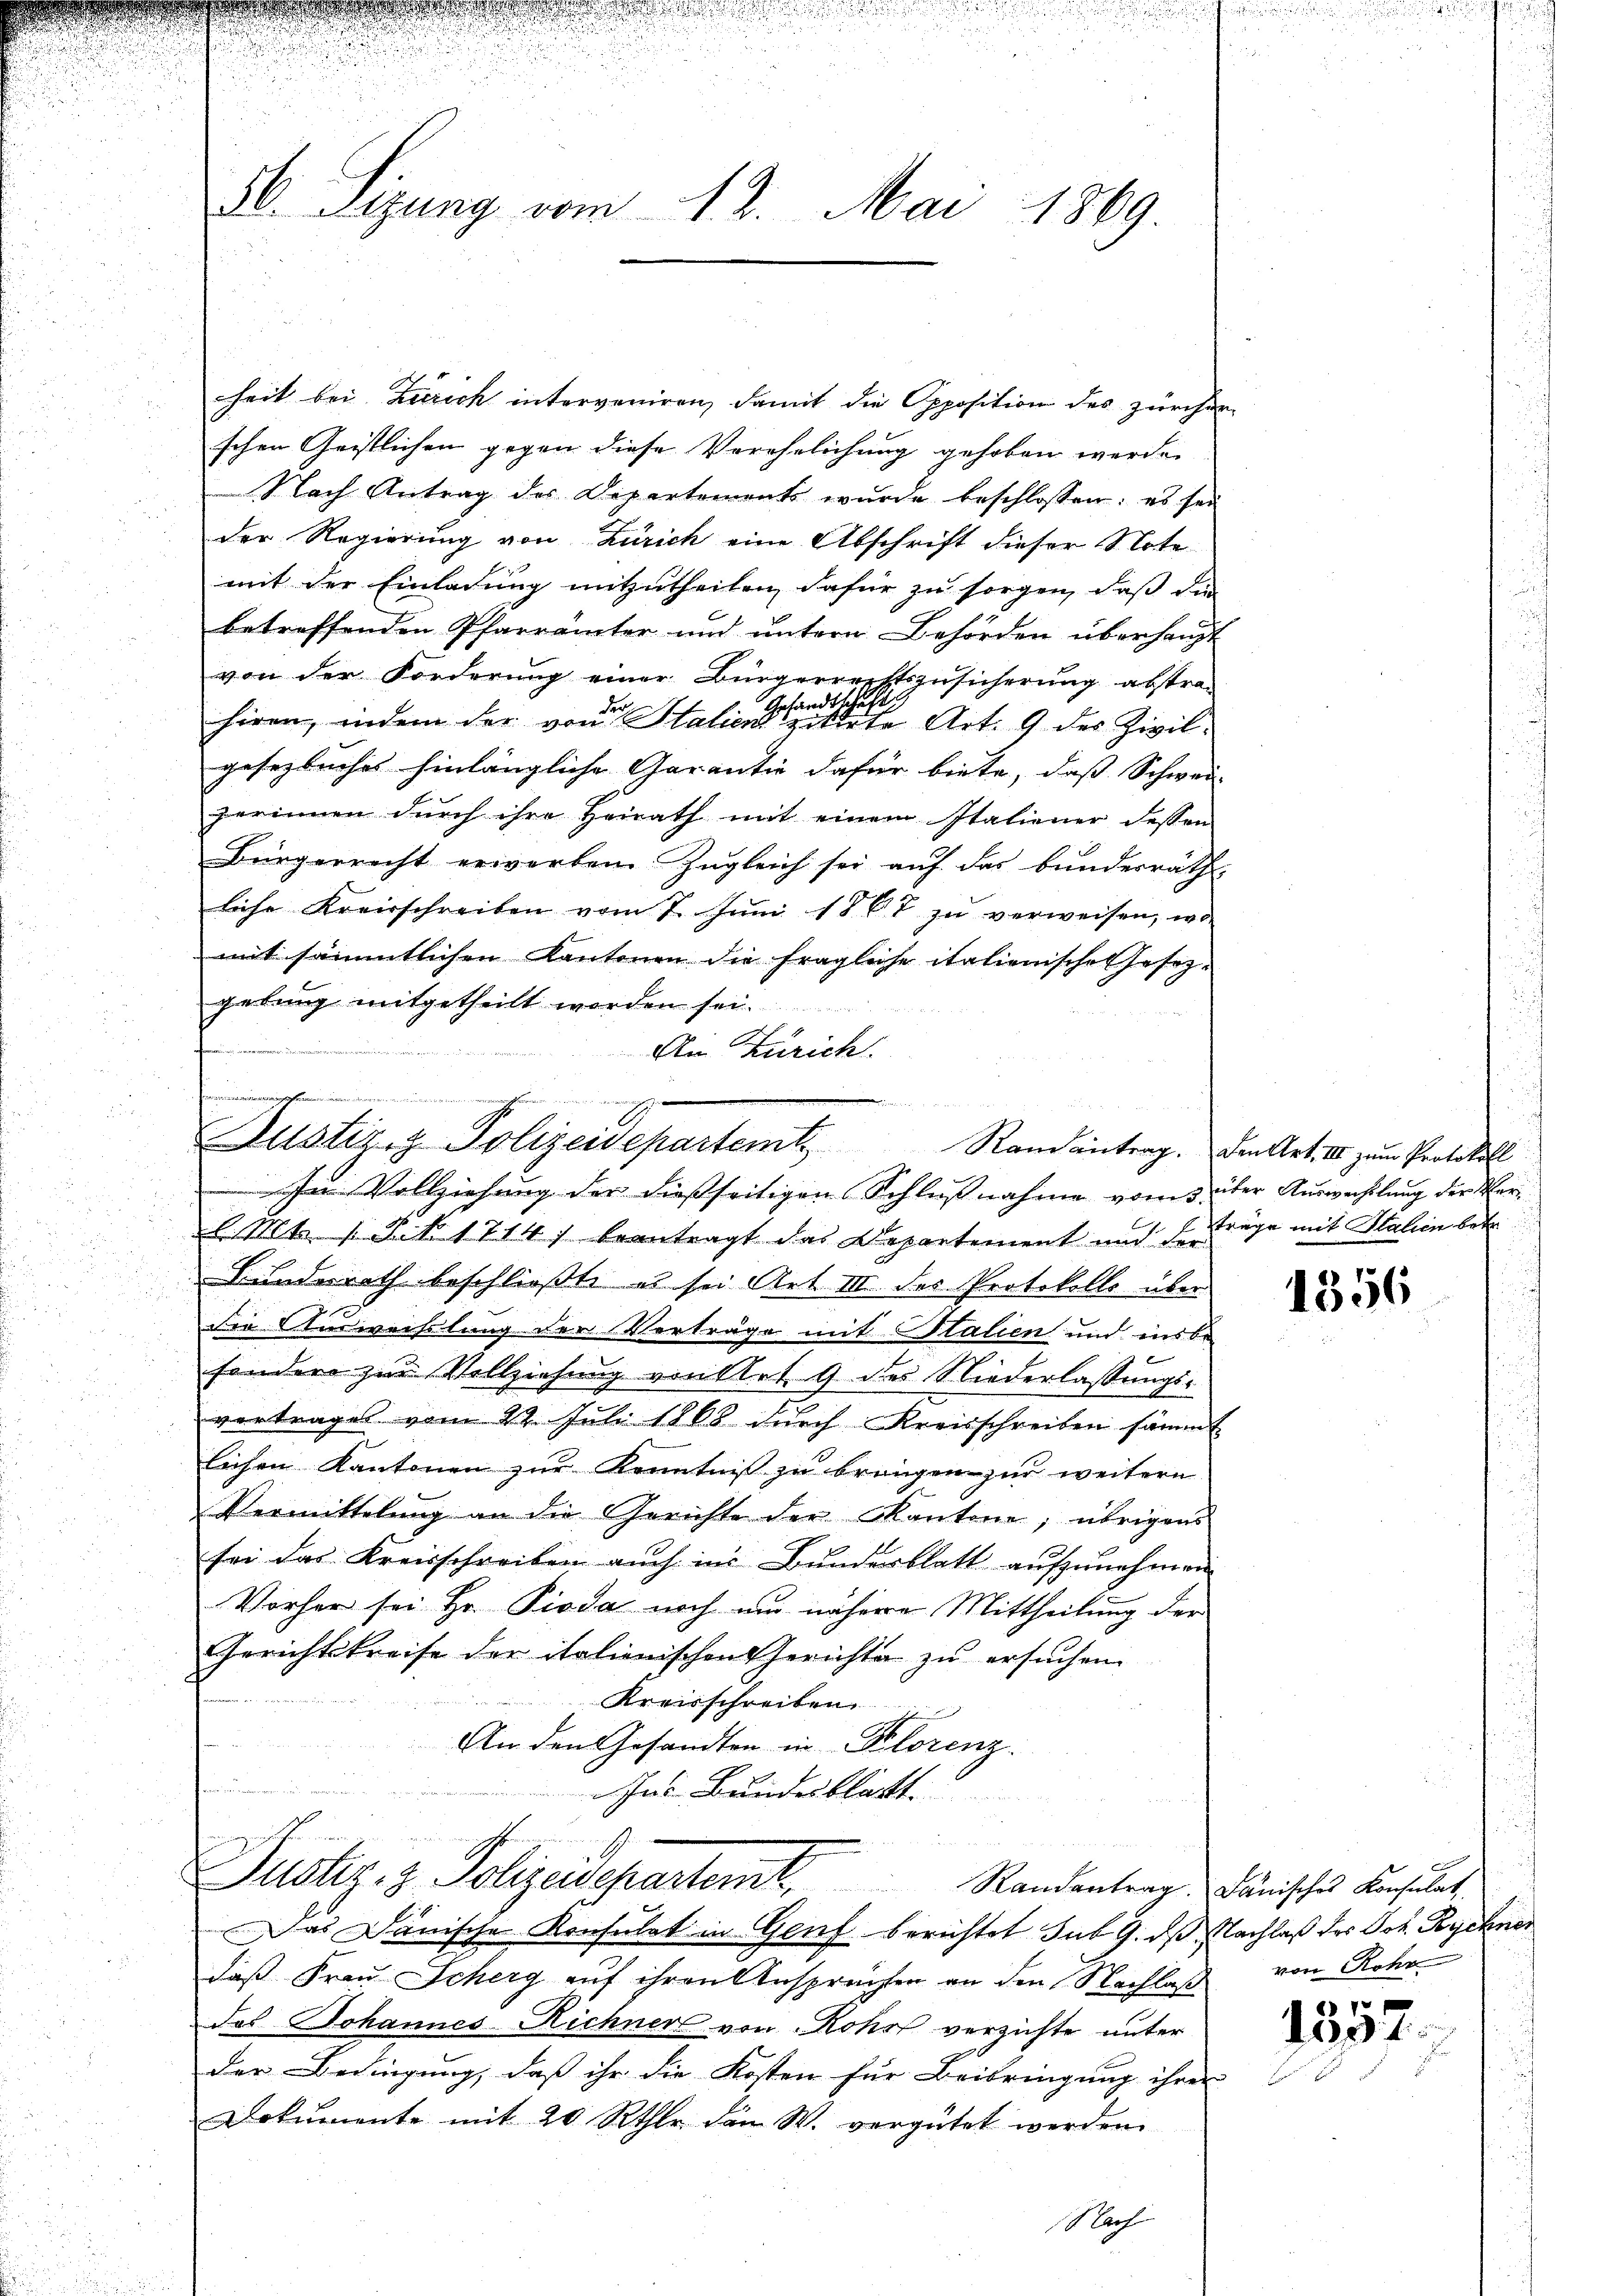
2
56. Sizung vom 12. Mai 1869.

heit bei Zürich interveniren, damit die Opposition des zürcher
schen Geistlichen gegen diese Verehelichung gehoben werde.
Nach Antrag des Departements wurde beschlossen: es sei
der Regierung von Zürich eine Abschrift dieser Note
mit der Einladung mitzutheilen, dafür zu sorgen, daß die
betreffenden Pfarrämter und untern Behörden überhaupt
von der Forderung einer Bürgerrechtszusicherŭng abstra-
hiren, indem der von Halien eine eine Art. 9 des Zivilgesezliches hinlängliche Garantie dafür biete, dass Schwei- |
zerinnen durch ihre Heirath mit einem Italiener dessen
Bürgerrecht erwarten. Zugleich sei auf das bundesrath
liche Kreisschreiben vom 7. Juni 1867 zu verweisen, wo
mit sämmtlichen Kantonen die fragliche italienische Gesezgebung mitgetheilt werden sei.
f
An Zürich.

der den werden
Justiz & Polizeidepartemt,
In Vollziehung der dießseitigen Schlußnahme vom 3 über Auswechslung der Ver¬

Mt 1 St 1714) beantragt das Departement und der Träge mit Salin betr
i
Bundesrath beschließte es sei Art III des Protokolle über

die Auswechslung der Verträge mit Italien und insbe-
sondere zur Vollziehung von Klet 9 des Niederlaßungsvertrages vom 22. Juli 1868 dŭrch Kreisschreiben sämmt
lichen Kantonen zur Kenntniß zu bringen zur weitern
Vermittelung an die Gerichte der Kantone; übrigens
sei das Kreisschreiben auch im Bunderblatt aufzunehmen.
Vorher sei Hr. Pioda noch um nähere Mittheilung der
Gerichtskreise der italienischen Gerichte zu ersuchen.
Kreisschreiben
An den Gesandten in Klorenz.
Ins Bundesblatt.
x
1
Justiz- & Polizeisepartem Randantrag, Dänisches Konsulat,
Das Dänische Konsulat in Genf berichtet sub 9. ds Nachlaß des Joh. Rychner
daß Frau Scherg auf ihren Ansprachten an den Nachlaß von Rohr
des Johannes Richner von Rohof verzichte unter
der Bedingung, daß ihr die Kosten für Beibringung ihrer
Dokumente mit 20 Rthlr den W. vergütet werden.

Nach

Raneantrag. Den Art. III zum Protokoll

1356

1
1037.